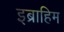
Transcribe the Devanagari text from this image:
इब्राहिम